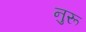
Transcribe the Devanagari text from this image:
नुरू